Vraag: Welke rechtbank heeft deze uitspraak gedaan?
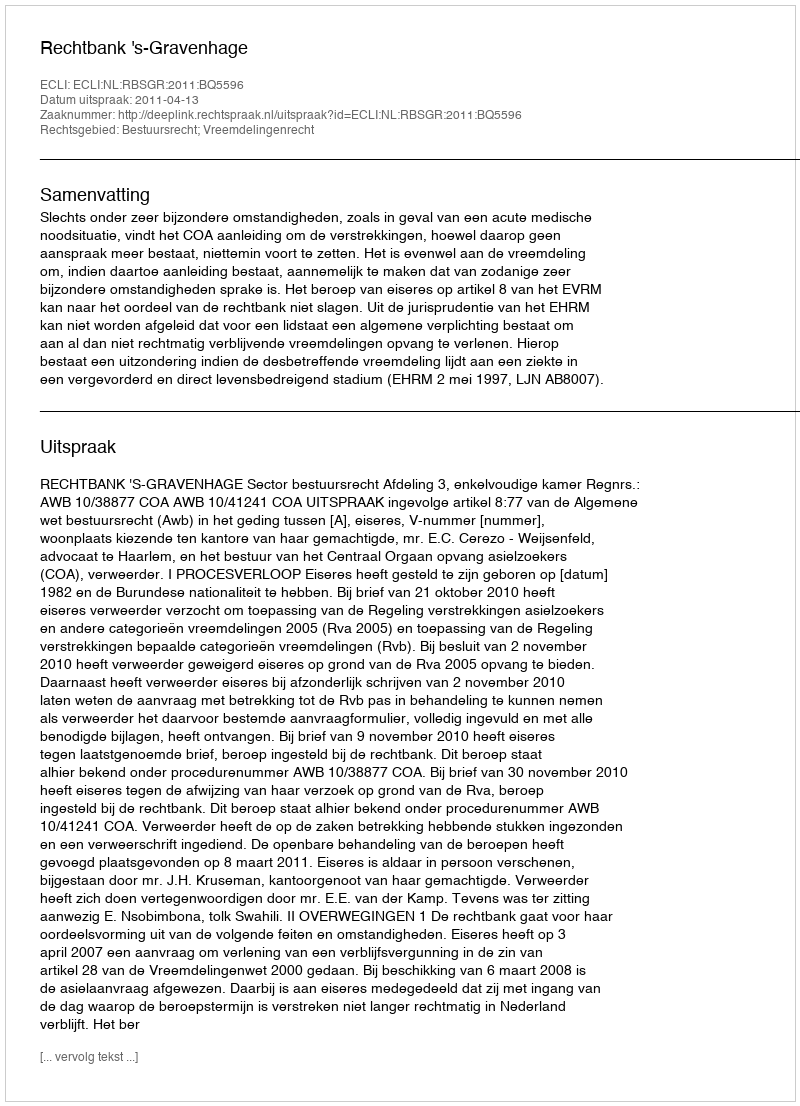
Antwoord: Rechtbank 's-Gravenhage